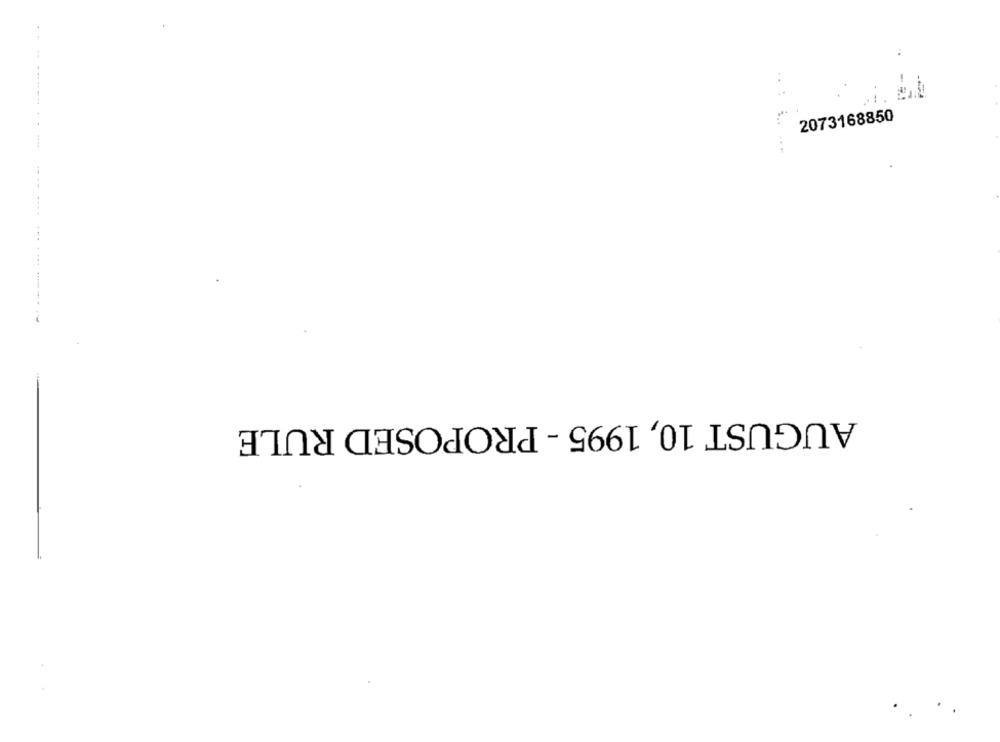
..---
...
2073168850
... ....... ---- -
AUGUST 10, 1995 - PROPOSED RULE